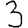
Digit: 3